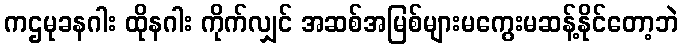
ကဌမုခနဂါး ထိုနဂါး ကိုက်လျှင် အဆစ်အမြစ်များမကွေးမဆန့်နိုင်တော့ဘဲ